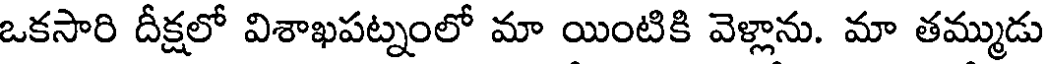
ఒకసారి దీక్షలో విశాఖపట్నంలో మా యింటికి వెళ్లాను. మా తమ్ముడు